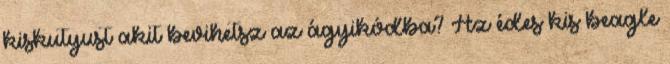
kiskutyust akit bevihetsz az ágyikódba? Az édes kis beagle